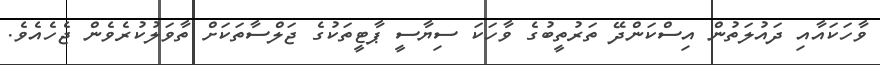
ވާހަކައާއި ދައުލަތުން އިސްކަންދޭ ތަރުތީބުގެ ވާހަކަ ސިޔާސީ ޕާޓީތަކުގެ ޖަލްސާތަކަށް ތާވަލުކުރެވެން ޖެހެއެވެ.